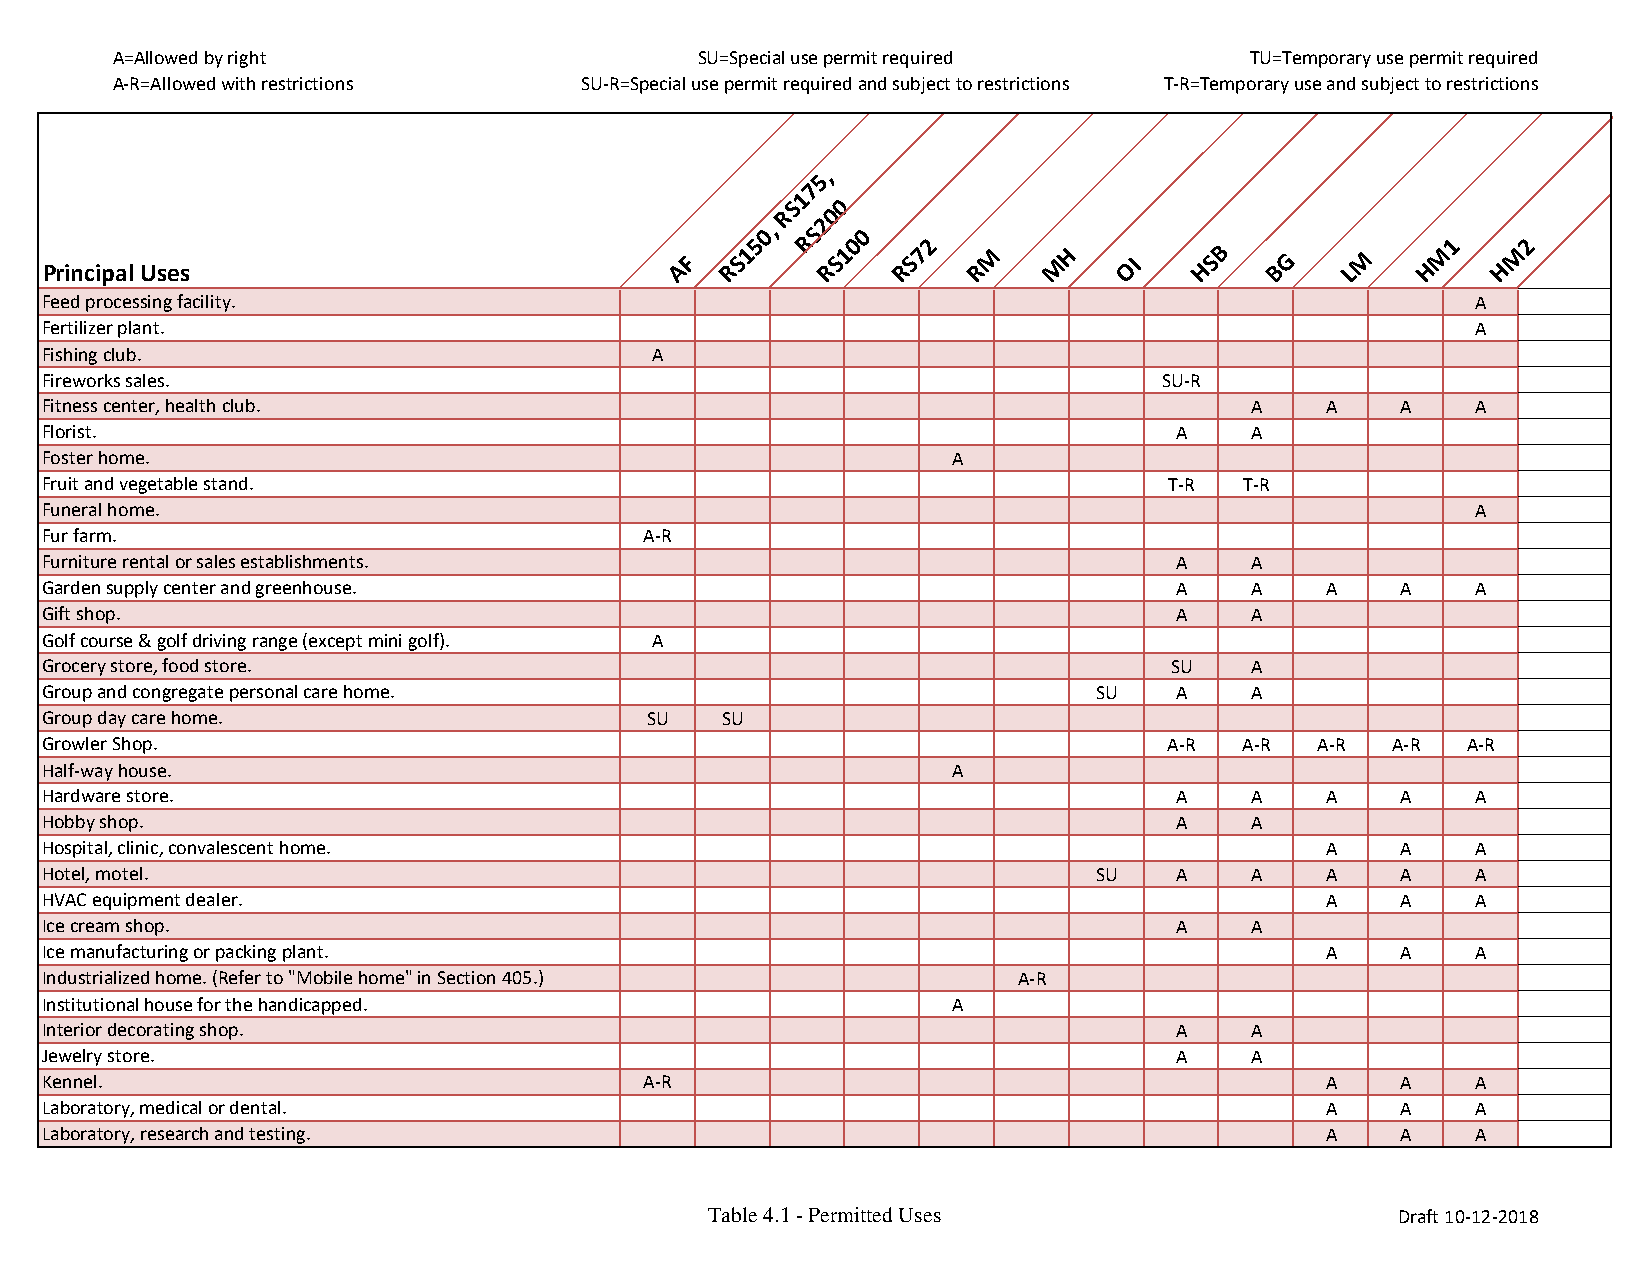
A=Allowed by right                     SU=Special use permit required       TU=Temporary use permit required
 A-R=Allowed with restrictions  SU-R=Special use permit required and subject to restrictions T-R=Temporary use and subject to restrictions
 5,
 7
 1
 S  0
 R  0
 50,
 RS2
 00
 2                                  1    2
 Principal Uses                            AF RS1   RS1  RS7  R M   M H OI   HSB  BG   LM   H M  H M
 Feed processing facility.                                                                      A
 Fertilizer plant.                                                                              A
 Fishing club.                           A
 Fireworks sales.                                                          SU-R
 Fitness center, health club.                                                    A    A    A    A
 Florist.                                                                   A    A
 Foster home.                                                A
 Fruit and vegetable stand.                                                T-R  T-R
 Funeral home.                                                                                  A
 Fur farm.                               A-R
 Furniture rental or sales establishments.                                  A    A
 Garden supply center and greenhouse.                                       A    A    A    A    A
 Gift shop.                                                                 A    A
 Golf course & golf driving range (except mini golf). A
 Grocery store, food store.                                                SU    A
 Group and congregate personal care home.                              SU   A    A
 Group day care home.                    SU   SU
 Growler Shop.                                                             A-R  A-R  A-R  A-R  A-R
 Half-way house.                                             A
 Hardware store.                                                            A    A    A    A    A
 Hobby shop.                                                                A    A
 Hospital, clinic, convalescent home.                                                 A    A    A
 Hotel, motel.                                                         SU   A    A    A    A    A
 HVAC equipment dealer.                                                               A    A    A
 Ice cream shop.                                                            A    A
 Ice manufacturing or packing plant.                                                  A    A    A
 Industrialized home. (Refer to "Mobile home" in Section 405.)   A-R
 Institutional house for the handicapped.                    A
 Interior decorating shop.                                                  A    A
 Jewelry store.                                                             A    A
 Kennel.                                 A-R                                          A    A    A
 Laboratory, medical or dental.                                                       A    A    A
 Laboratory, research and testing.                                                    A    A    A
 Table 4.1 - Permitted Uses                    Draft 10-12-2018